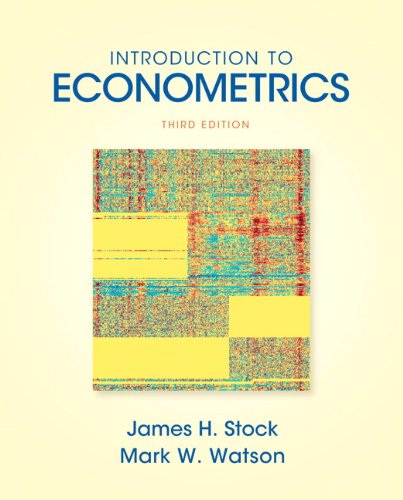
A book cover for Introduction to Econometrics (3rd Edition) (Addison-Wesley Series in Economics); James H. Stock; Business & Money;